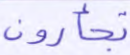
تجأرون